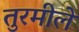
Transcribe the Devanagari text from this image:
तुरमीले